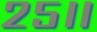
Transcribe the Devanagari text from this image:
२५॥